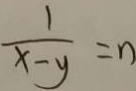
\frac { 1 } { x - y } = n